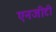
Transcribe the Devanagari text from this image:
एनजीटी